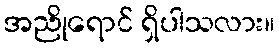
အညိုရောင် ရှိပါသလား။